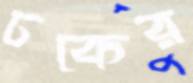
ঢকের